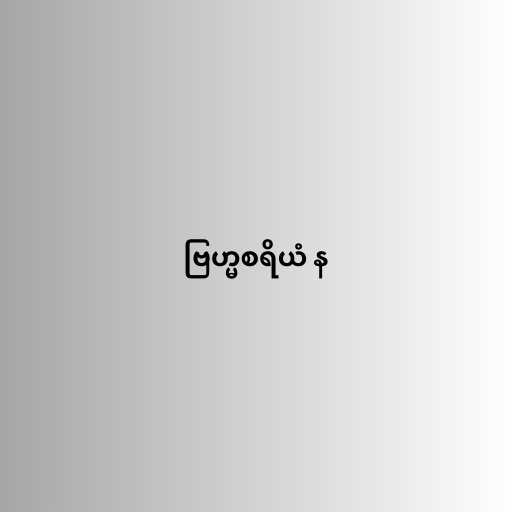
ဗြဟ္မစရိယံ န